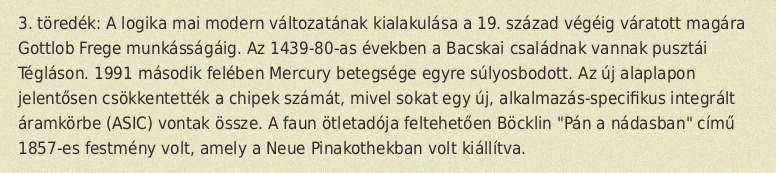
3. töredék: A logika mai modern változatának kialakulása a 19. század végéig váratott magára Gottlob Frege munkásságáig. Az 1439-80-as években a Bacskai családnak vannak pusztái Tégláson. 1991 második felében Mercury betegsége egyre súlyosbodott. Az új alaplapon jelentősen csökkentették a chipek számát, mivel sokat egy új, alkalmazás-specifikus integrált áramkörbe (ASIC) vontak össze. A faun ötletadója feltehetően Böcklin "Pán a nádasban" című 1857-es festmény volt, amely a Neue Pinakothekban volt kiállítva.